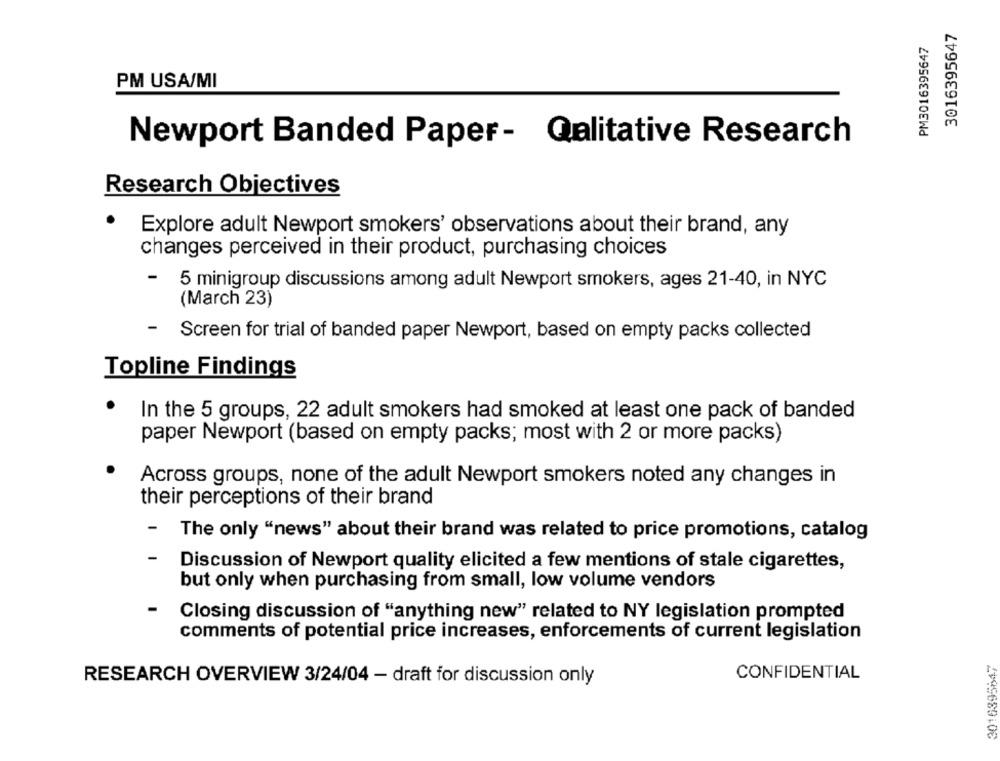
3016395647
PM3016395647
PM USA/MI
Newport Banded Paper- @alitative Research
Research Objectives
Explore adult Newport smokers' observations about their brand, any
changes perceived in their product, purchasing choices
- 5 minigroup discussions among adult Newport smokers, ages 21-40, in NYC
(March 23)
-
Screen for trial of banded paper Newport, based on empty packs collected
Topline Findings
In the 5 groups, 22 adult smokers had smoked at least one pack of banded
paper Newport (based on empty packs; most with 2 or more packs)
Across groups, none of the adult Newport smokers noted any changes in
their perceptions of their brand
-
The only "news" about their brand was related to price promotions, catalog
-
Discussion of Newport quality elicited a few mentions of stale cigarettes,
but only when purchasing from small, low volume vendors
Closing discussion of "anything new" related to NY legislation prompted
comments of potential price increases, enforcements of current legislation
3016395847
CONFIDENTIAL
RESEARCH OVERVIEW 3/24/04 - draft for discussion only